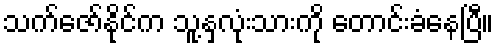
သက်ဇော်နိုင်က သူ့နှလုံးသားကို တောင်းခံနေပြီ။